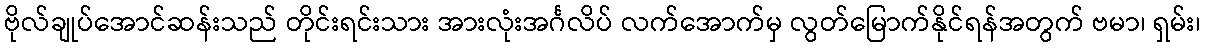
ဗိုလ်ချုပ်အောင်ဆန်းသည် တိုင်းရင်းသား အားလုံးအင်္ဂလိပ် လက်အောက်မှ လွတ်မြောက်နိုင်ရန်အတွက် ဗမာ၊ ရှမ်း၊